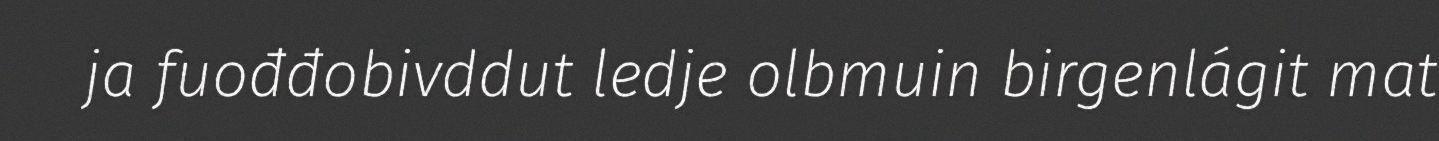
ja fuođđobivddut ledje olbmuin birgenlágit mat